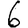
Digit: 6